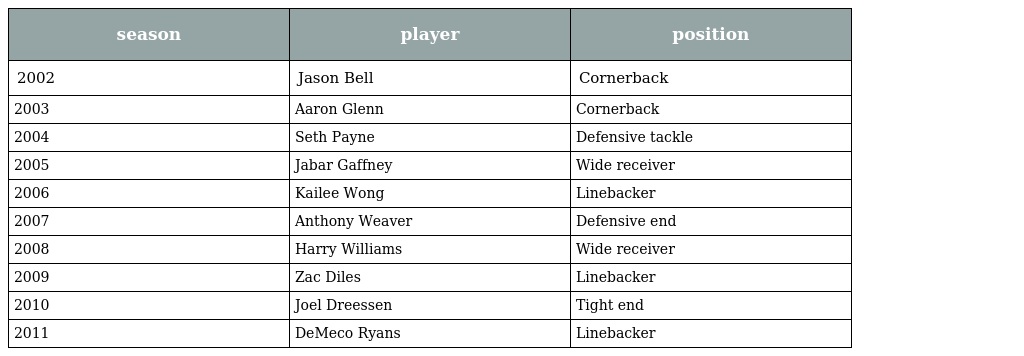
| season | player | position |
 | --- | --- | --- |
 | 2002 | Jason Bell | Cornerback |
 | 2003 | Aaron Glenn | Cornerback |
 | 2004 | Seth Payne | Defensive tackle |
 | 2005 | Jabar Gaffney | Wide receiver |
 | 2006 | Kailee Wong | Linebacker |
 | 2007 | Anthony Weaver | Defensive end |
 | 2008 | Harry Williams | Wide receiver |
 | 2009 | Zac Diles | Linebacker |
 | 2010 | Joel Dreessen | Tight end |
 | 2011 | DeMeco Ryans | Linebacker |